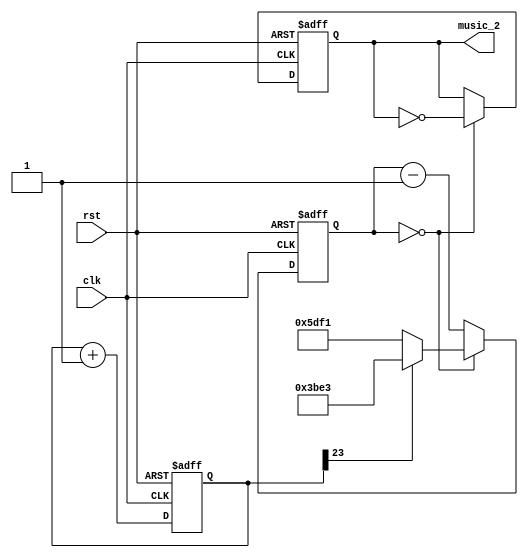
`timescale 1ns / 1ps


module music_winning(clk,music_2,rst);
input clk,rst;
output music_2;
parameter clkdivider = 100000000/440/2;
reg [14:0] counter;
reg [23:0] tone;


reg music_2;


always @(posedge clk or posedge rst) 
begin
	if(rst)begin
	counter <= 0;
	music_2 <= 0;
	tone<=0;
end

else if(counter==0) 
begin 
	counter <= (tone[23] ? clkdivider-1 : clkdivider/2-1); 
	music_2 <= ~music_2;
	tone <= tone+1;
end

else 
begin
	counter <= counter-1;
	tone <= tone+1;
end
end
endmodule